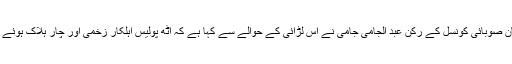
طالبان صوبائی کونسل کے رکن عبد الجامی جامی نے اس لڑائی کے حوالے سے کہا ہے کہ آٹھ پولیس اہلکار زخمی اور چار ہلاک ہوئے ہیں ۔